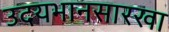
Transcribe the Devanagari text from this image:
उदयभानसारखा